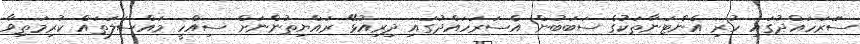
ސަަރަހައްދުގައި ހުރި އެންޓަނާތަކުގެ ސަބަބުން އެސަރަހައްދުގައި ދިރިއުޅޭ ރައްޔިތުންނަށް ސިއްހީ މައްސަލަތައް ކުރިމަތިވާ